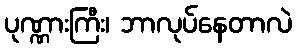
ပုဏ္ဏားကြီး၊ ဘာလုပ်နေတာလဲ